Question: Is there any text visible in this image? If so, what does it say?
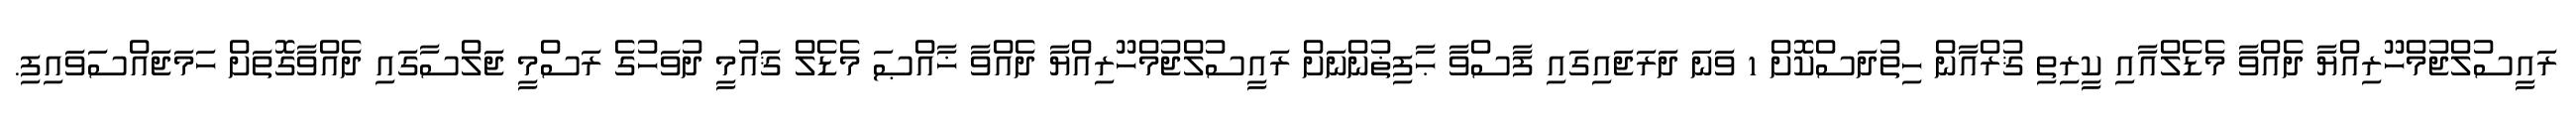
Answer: ރައީސުލްޖުމްހޫރިއްޔާ ދެއްވާ މެޑެލްއާއި ކީރިތި ޤުރްއާން ހިތުދަސްކޮށް 1 ވަނަ ދަރަޖައިގައި ފާސްވާ ޙާފިޡުންނަށް ރައީސުލްޖުމްހޫރިއްޔާ ދެއްވާ ޚާއްޞަ މެޑެލް ޤައުމީ ދުވަހުގެ ރަސްމީ ޖަލްސާގައި ދެއްވާގޮތަށް ހަމަޖައްސަވައިފި.